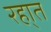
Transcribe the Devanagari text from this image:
रहा्त